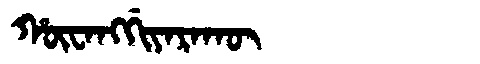
Manchu: ᡥᡡᠸᠠᠩᡤᡳᠶᠠᡵᠠᡴᡡ
Romanization: HŪWANGGIYARAKŪ